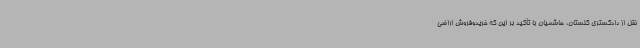
نقل از دادگستری گلستان، هاشمیان با تأکید بر این که خریدوفروش اراضی